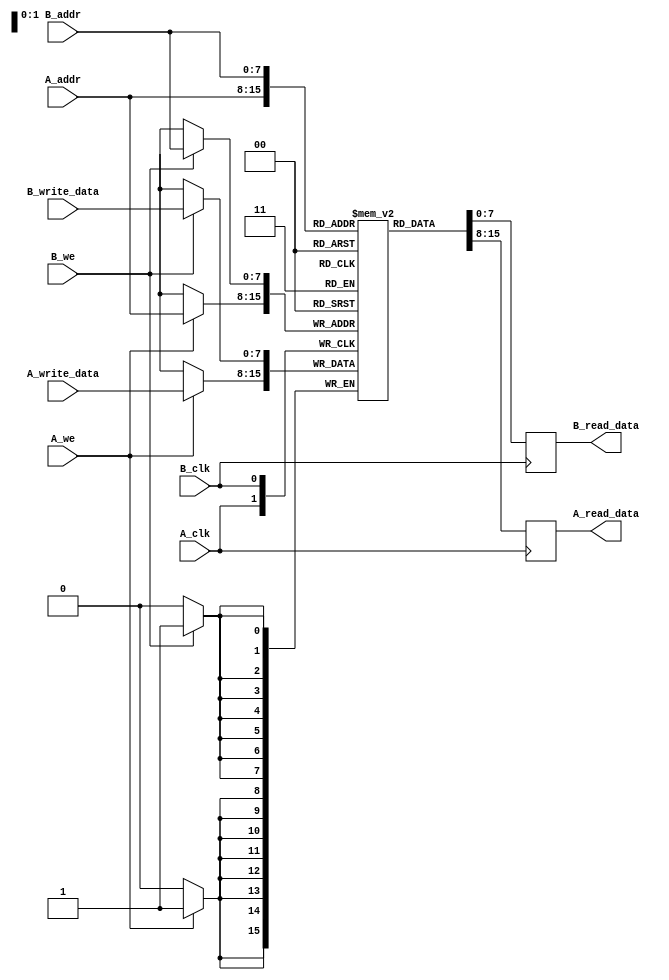
module dual_port_scratchpad_memory #(
    parameter MEM_SIZE = 256,    // Number of words in memory
    parameter WORD_WIDTH = 8      // Width of each word in bits
)(
    input wire [clog2(MEM_SIZE)-1:0] A_addr,        // Address for Port A
    input wire [WORD_WIDTH-1:0] A_write_data,       // Write data for Port A
    input wire A_we,                                  // Write enable for Port A
    input wire A_clk,                                 // Clock for Port A
    output reg [WORD_WIDTH-1:0] A_read_data,        // Read data for Port A

    input wire [clog2(MEM_SIZE)-1:0] B_addr,        // Address for Port B
    input wire [WORD_WIDTH-1:0] B_write_data,       // Write data for Port B
    input wire B_we,                                  // Write enable for Port B
    input wire B_clk,                                 // Clock for Port B
    output reg [WORD_WIDTH-1:0] B_read_data         // Read data for Port B
);

    // Memory array declaration
    reg [WORD_WIDTH-1:0] memory [0:MEM_SIZE-1];

    // Port A logic
    always @(posedge A_clk) begin
        if (A_we) begin
            // Write operation for Port A
            memory[A_addr] <= A_write_data;
        end
        // Read operation for Port A
        A_read_data <= memory[A_addr];
    end

    // Port B logic
    always @(posedge B_clk) begin
        if (B_we) begin
            // Write operation for Port B
            memory[B_addr] <= B_write_data;
        end
        // Read operation for Port B
        B_read_data <= memory[B_addr];
    end

    // Optional reset logic (not implemented in this version)
    // You can add a reset signal to initialize memory if needed

    // Function to calculate the log base 2
    function integer clog2(input integer value);
        begin
            value = value - 1;
            for (clog2 = 0; value > 0; clog2 = clog2 + 1)
                value = value >> 1;
        end
    endfunction

endmodule